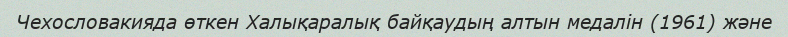
Чехословакияда өткен Халықаралық байқаудың алтын медалін (1961) және